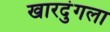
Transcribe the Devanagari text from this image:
खारदुंगला